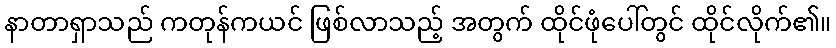
နာတာရှာသည် ကတုန်ကယင် ဖြစ်လာသည့် အတွက် ထိုင်ဖုံပေါ်တွင် ထိုင်လိုက်၏။